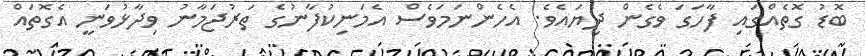
ބޮޑު ގޮތެއްގައި ފާހަގަ ވެގެން ދިޔައެވެ. އެހެންނަމަވެސް އެމަނިކުފާނުގެ ތަރުޖަމާނު ވިދާޅުވަނީ އެގޮތައް